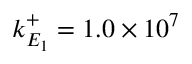
k _ { E _ { 1 } } ^ { + } = 1 . 0 \times 1 0 ^ { 7 }